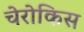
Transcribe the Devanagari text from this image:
चेरोकिस